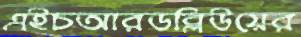
এইচআরডব্লিউয়ের